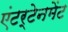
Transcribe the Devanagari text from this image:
एंटर्टेनमेंट